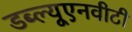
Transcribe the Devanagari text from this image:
डब्ल्यूएनवीटी